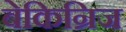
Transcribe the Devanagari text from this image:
बेकिन्रिज